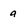
Character: a